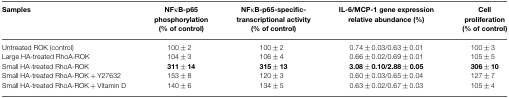
<table><thead><tr><td><b>Samples</b></td><td><b>NFκB-p65 phosphorylation (% of control)</b></td><td><b>NFκB-p65-specific-transcriptional activity (% of control)</b></td><td><b>IL-6/MCP-1 gene expression relative abundance (%)</b></td><td><b>Cell proliferation (% of control)</b></td></tr></thead><tbody><tr><td>Untreated ROK (control)</td><td>100 ± 2</td><td>100 ± 2</td><td>0.74 ± 0.03/0.63 ± 0.01</td><td>100 ± 3</td></tr><tr><td>Large HA-treated RhoA-ROK</td><td>104 ± 3</td><td>106 ± 4</td><td>0.66 ± 0.02/0.69 ± 0.01</td><td>105 ± 5</td></tr><tr><td>Small HA-treated RhoA-ROK</td><td><b>311 ± 14</b></td><td><b>315 ± 13</b></td><td><b>3.08 ± 0.10/2.88 ± 0.05</b></td><td><b>306 ± 10</b></td></tr><tr><td>Small HA-treated RhoA-ROK + Y27632</td><td>153 ± 8</td><td>120 ± 3</td><td>0.60 ± 0.03/0.65 ± 0.04</td><td>127 ± 7</td></tr><tr><td>Small HA-treated RhoA-ROK + Vitamin D</td><td>140 ± 6</td><td>134 ± 5</td><td>0.63 ± 0.02/0.67 ± 0.03</td><td>105 ± 4</td></tr></tbody></table>